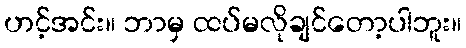
ဟင့်အင်း။ ဘာမှ ထပ်မလိုချင်တော့ပါဘူး။